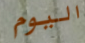
اليوم